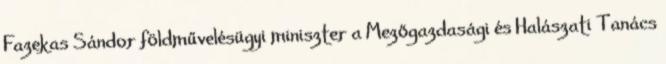
Fazekas Sándor földművelésügyi miniszter a Mezőgazdasági és Halászati Tanács